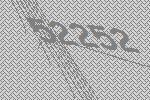
52252